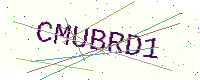
Text: CMUBRD1